Vaccination in Burma 1920-1933 - 1920-1933
Year: 1920
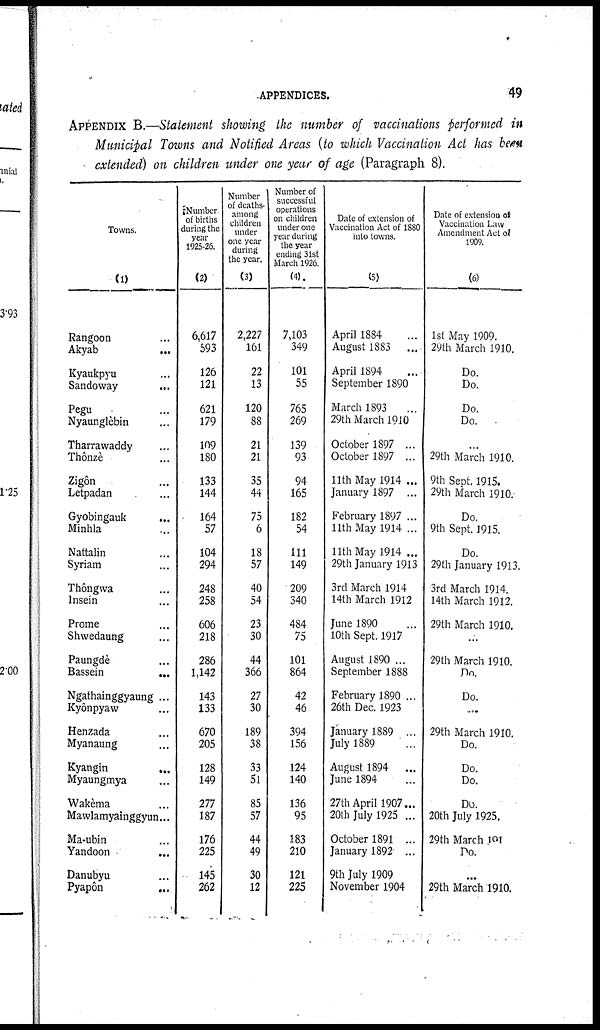
APPENDICES.
49
APPENDIX B.—Statement showing the number of vaccinations performed in
Municipal Towns and Notified Areas (to which Vaccination Act has been
extended) on children under one year of age (Paragraph 8).
Towns.
(1)
Rangoon...
Akyab...
Kyaukpyu...
Sandoway...
Pegu...
Nyaunglèbin...
Tharrawaddy...
Thônzè...
Zigôn...
Letpadan...
Gyobingauk...
Minhla...
Nattalin...
Syriam...
Thôngwa...
Insein...
Prome...
Shwedaung...
Paungdè...
Bassein...
Ngathainggyaung ...
Kyonpyaw...
Henzada...
Myanaung...
Kyangin...
Myaungmya...
Wakema...
Mawlamyainggyun...
Ma-ubin...
Yandoon...
Danubyu...
Pyapôn...
Number
of births
during the
year
1925-26.
(2)
6,617
593
126
121
621
179
109
180
133
144
164
57
104
294
248
258
606
218
286
1,142
143
133
670
205
128
149
277
187
176
225
145
262
Number
of deaths-
among
children
under
one year
during
the year.
(3)
2,227
161
22
13
120
88
21
21
35
44
75
6
18
57
40
54
23
30
44
366
27
30
189
38
33
51
85
57
44
49
30
12
Number of
successful
operations
on children
under one
year during
the year
ending 31st
March 1926.
(4)
7,103
349
101
55
765
269
139
93
94
165
182
54
111
149
209
340
484
75
101
864
42
46
394
156
124
140
136
95
183
210
121
225
Date of extension of
Vaccination Act of 1880
into towns.
(5)
April 1884...
August
1883...
April 1894...
September 1890
March 1893...
29th March 1910...
October 1897... ...
October
1897...
11th May 1914 ...
January
1897...
February 1897 ...
11th May 1914 ...
11th May 1914 ...
29th January 1913...
3rd March 1914
14th March 1912
June 1890...
10th Sept. 1917
August 1890 ...
September 1888
February 1890 ...
26th Dec. 1923
January 1889 ...
July 1889
August 1894
...
June 1894
27th April 1907...
20th July 1925 ...
October 1891 ...
January 1892 ...
9th July 1909...
November 1904...
Date of extension of
Vaccination Law
Amendment Act of
1909.
(6)
1st May 1909.
29th March 1910.
Do.
Do.
Do.
Do.
...
29th March 1910.
9th Sept. 1915.
29th March 1910.
Do.
9th Sept. 1915.
Do.
29th January 1913.
3rd March 1914.
14th March 1912.
29th March 1910.
...
29th March 1910.
Do.
Do.
....
29th March 1910.
Do.
Do.
Do.
Do.
20th July 1925.
29th March 191
Do.
...
29th March 1910.